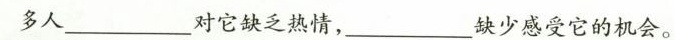
多人_______对它缺乏热情，___缺少感受它的机会。